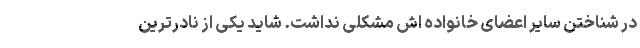
در شناختن سایر اعضای خانواده اش مشکلی نداشت. شاید یکی از نادرترین